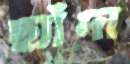
ছ্যাঁদা